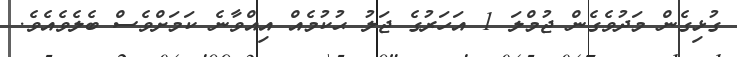
ގުޅިގެން މަދުވެގެން ޖުމްލަ 1 އަހަރުގެ ޖަލު ޙުކުމެއް އިއްވާނެ ކަމަށްވެސް ބެލެވެއެވެ.